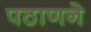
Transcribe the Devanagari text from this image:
पठाणने